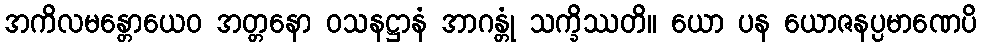
အကိလမန္တောယေဝ အတ္တနော ဝသနဋ္ဌာနံ အာဂန္တုံ သက္ခိဿတိ။ ယော ပန ယောဇနပ္ပမာဏေပိ